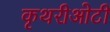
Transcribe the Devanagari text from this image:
कृथरीओटी